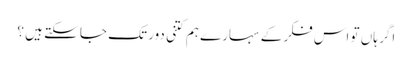
اگر ہاں تو اس فکر کے سہارے ہم کتنی دور تک جا سکتے ہیں ؟